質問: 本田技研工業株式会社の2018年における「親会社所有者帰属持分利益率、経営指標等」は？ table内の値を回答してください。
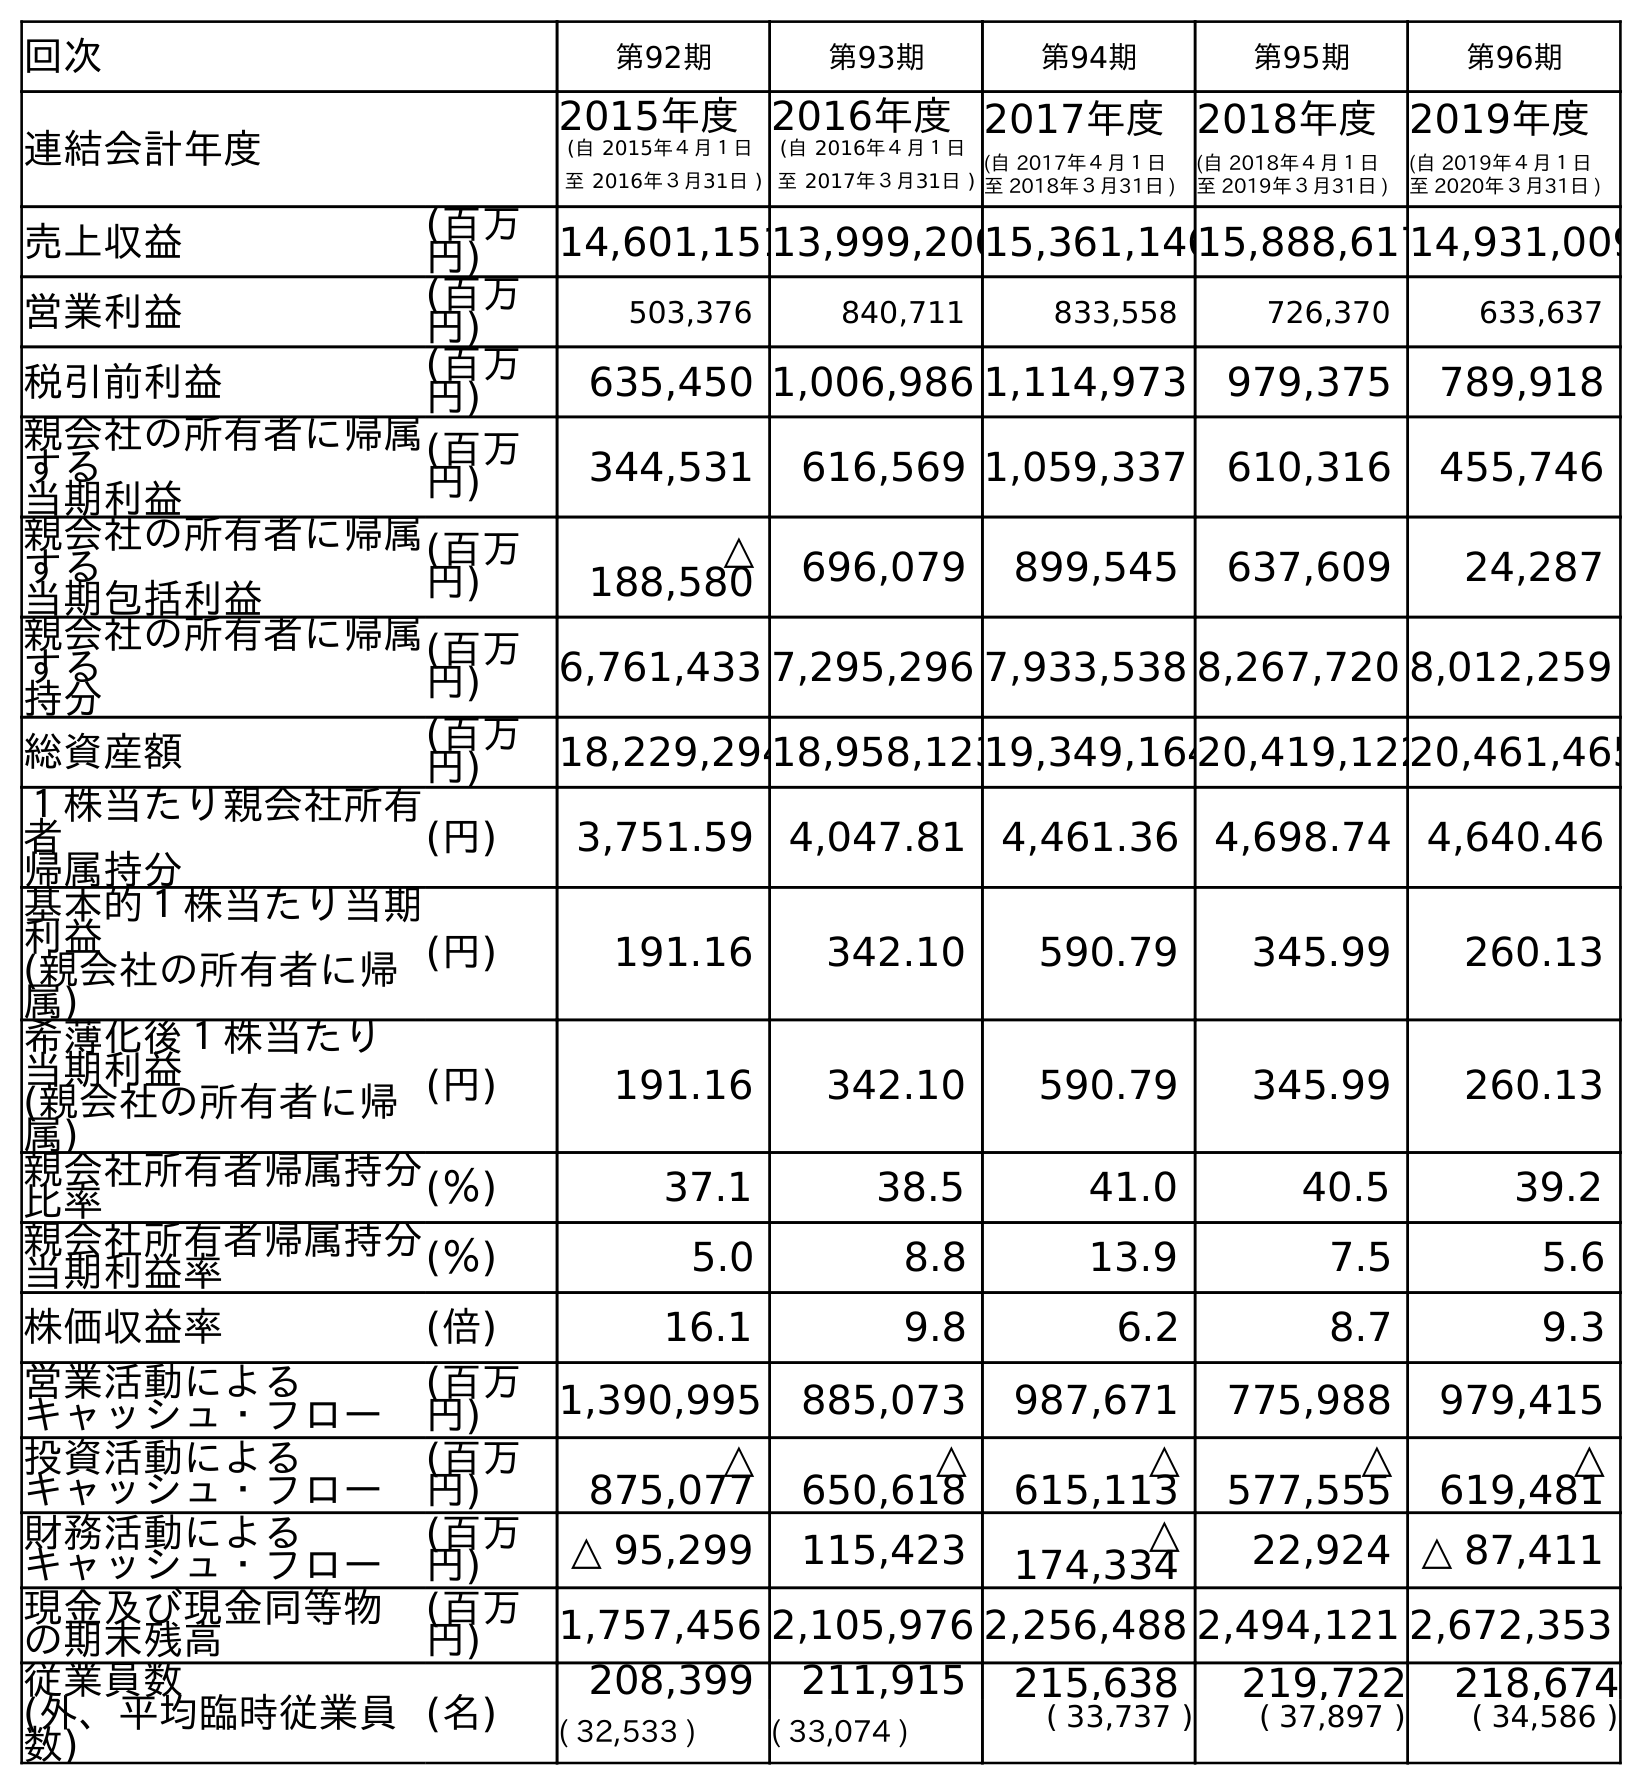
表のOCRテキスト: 回次 第92期 第93期 第94期 第95期 第96期 連結会計年度 2015年度 (自 2015年４月１日 至 2016年３月31日 ) 2016年度 (自 2016年４月１日 至 2017年３月31日 ) 2017年度 (自 2017年４月１日 至 2018年３月31日 ) 2018年度 (自 2018年４月１日 至 2019年３月31日 ) 2019年度 (自 2019年４月１日 至 2020年３月31日 ) 売上収益 (百万 円) 14,601,15113,999,20015,361,14615,888,61714,931,009 営業利益 (百万 円) 503,376 840,711 833,558 726,370 633,637 税引前利益 (百万 円) 635,450 1,006,986 1,114,973 979,375 789,918 親会社の所有者に帰属 する 当期利益 (百万 円) 344,531 616,569 1,059,337 610,316 455,746 親会社の所有者に帰属 する 当期包括利益 (百万 円) △ 188,580 696,079 899,545 637,609 24,287 親会社の所有者に帰属 する 持分 (百万 円) 6,761,433 7,295,296 7,933,538 8,267,720 8,012,259 総資産額 (百万 円) 18,229,29418,958,12319,349,16420,419,12220,461,465 １株当たり親会社所有 者 帰属持分 (円) 3,751.59 4,047.81 4,461.36 4,698.74 4,640.46 基本的１株当たり当期 利益 (親会社の所有者に帰 属) (円) 191.16 342.10 590.79 345.99 260.13 希薄化後１株当たり 当期利益 (親会社の所有者に帰 属) (円) 191.16 342.10 590.79 345.99 260.13 親会社所有者帰属持分 比率 (％) 37.1 38.5 41.0 40.5 39.2 親会社所有者帰属持分 当期利益率 (％) 5.0 8.8 13.9 7.5 5.6 株価収益率 (倍) 16.1 9.8 6.2 8.7 9.3 営業活動による キャッシュ・フロー (百万 円) 1,390,995 885,073 987,671 775,988 979,415 投資活動による キャッシュ・フロー (百万 円) △ 875,077 △ 650,618 △ 615,113 △ 577,555 △ 619,481 財務活動による キャッシュ・フロー (百万 円) △ 95,299 115,423 △ 174,334 22,924 △ 87,411 現金及び現金同等物 の期末残高 (百万 円) 1,757,456 2,105,976 2,256,488 2,494,121 2,672,353 従業員数 (外、平均臨時従業員 数) (名) 208,399 211,915 215,638 219,722 218,674 ( 32,533 ) ( 33,074 ) ( 33,737 ) ( 37,897 ) ( 34,586 )
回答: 13.9